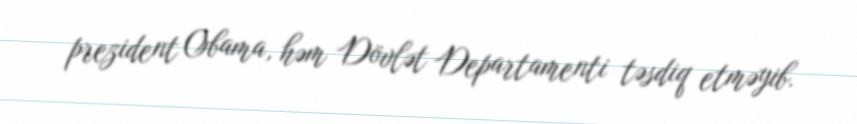
prezident Obama, həm Dövlət Departamenti təsdiq etməyib.